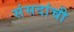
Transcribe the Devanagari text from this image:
संसदांची